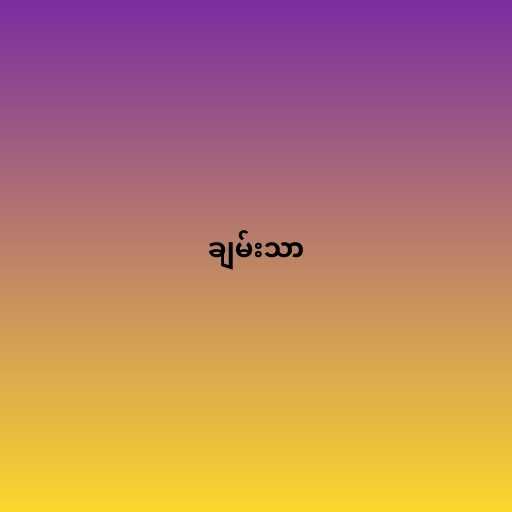
ချမ်းသာ